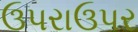
ઉપરાઉપર